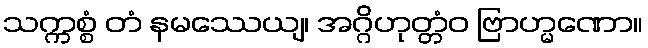
သက္ကစ္စံ တံ နမဿေယျ၊ အဂ္ဂိဟုတ္တံဝ ဗြာဟ္မဏော။